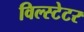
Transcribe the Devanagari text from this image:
विल्स्टेटर